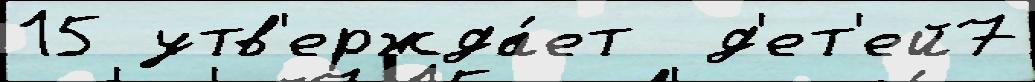
15 утв'ержда́ет  д'ет'ей7